Insane asylums in Bengal annual reports 1867-1875 - 1867-1875
Year: 1867
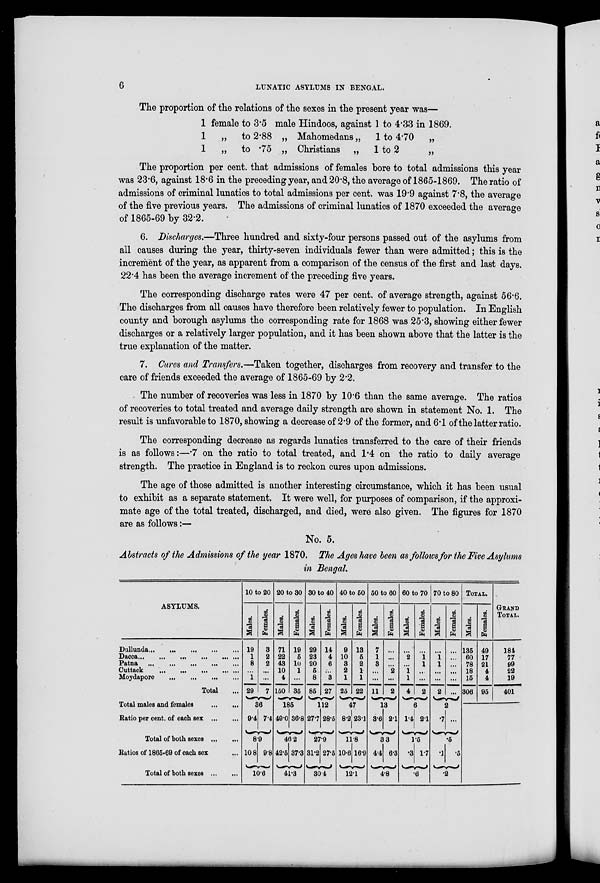
6
LUNATIC ASYLUMS IN BENGAL.
The proportion of the relations of the sexes in the present year was—
1 female to 3.5 male Hindoos, against 1 to 4.33 in 1869.
1 „ to 2.88 „ Mahomedans „ 1 to 4.70 „
1
„ to .75 „ Christians „ 1 to 2
„
The proportion per cent. that admissions of females bore to total admissions this year
was 23.6, against 18.6 in the preceding year, and 20.8, the average of 1865-1869. The ratio of
admissions of criminal lunatics to total admissions per cent. was 19.9 against 7.8, the average
of the five previous years. The admissions of criminal lunatics of 1870 exceeded the average
of 1865-69 by 32.2.
6. Discharges.—Three hundred and sixty-four persons passed out of the asylums from
all causes during the year, thirty-seven individuals fewer than were admitted; this is the
increment of the year, as apparent from a comparison of the census of the first and last days.
22.4 has been the average increment of the preceding five years.
The corresponding discharge rates were 47 per cent. of average strength, against 56.6.
The discharges from all causes have therefore been relatively fewer to population. In English
county and borough asylums the corresponding rate for 1868 was 25.3, showing either fewer
discharges or a relatively larger population, and it has been shown above that the latter is the
true explanation of the matter.
7. Cures and Transfers.—Taken together, discharges from recovery and transfer to the
care of friends exceeded the average of 1865-69 by 2.2.
The number of recoveries was less in 1870 by 10.6 than the same average. The ratios
of recoveries to total treated and average daily strength are shown in statement No. 1. The
result is unfavorable to 1870, showing a decrease of 2.9 of the former, and 6.1 of the latter ratio.
The corresponding decrease as regards lunatics transferred to the care of their friends
is as follows:—.7 on the ratio to total treated, and 1.4 on the ratio to daily average
strength. The practice in England is to reckon cures upon admissions.
The age of those admitted is another interesting circumstance, which it has been usual
to exhibit as a separate statement. It were well, for purposes of comparison, if the approxi-
mate age of the total treated, discharged, and died, were also given. The figures for 1870
are as follows:—
No. 5.
Abstracts of the Admissions of the year 1870. The Ages have been as follows for the Five Asylums
in Bengal.
ASYLUMS.
Dullunda...
...
...
...
...
Dacca...
...
...
...
Patna ... ... ... ... ...
Cuttack ... ... ... ... ...
Moydapore ... ... ... ...
Total ...
Total males and females
...
...
Ratio per cent. of each sex
...
...
Total of both sexes
...
...
Ratios of 1865-69 of each sex ...
Total of both sexes
...
...
10 to 20
Males.
19
1
8
...
1
29
Females.
3
2
2
...
...
7
36
9.4 7.4
8.9
10.8 9.8
10.6
20 to 30
Males.
71
22
43
10
4
150
Females.
19
5
10
1
...
35
185
49.0 36.8
46.2
42.5 37.3
41.3
30 to 40
Males.
29
23
20
5
8
85
Females.
14
4
6
...
3
27
112
27.7 28.5
27.9
31.2 27.5
30.4
40 to 50
Males.
9
10
3
2
1
25
Females.
13
5
2
1
1
22
47
8.2 23.1
11.8
10.6 16.9
12.1
50 to 60
Males.
7
1
3
...
...
11
Females.
...
...
...
2
...
2
13
3.6 2.1
3.3
4.4 6.3
4.8
60 to 70
Males.
...
2
...
1
1
4
Females.
...
1
1
...
...
2
6
1.4 2.1
1.5
.3 1.7
.6
70 to 80
Males.
...
1
1
...
...
2
Females.
...
...
...
...
...
...
2
.7 ...
.5
.1 .5
.2
TOTAL.
Males.
135
60
78
18
15
306
Females.
49
17
21
4
4
95
GRAND
TOTAL.
184
77
99
22
19
401